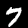
Digit: 7